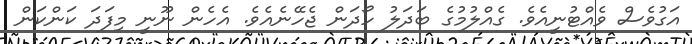
އަގުވެސް ވެއްޓުނީއެވެ. ގެއްލުމުގެ ބަދަލު ހޯދަން ޖެހޭނެއެވެ. އެހެން ނޫނީ މިފަދަ ކަންކަން